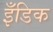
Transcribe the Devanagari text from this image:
इँडिक